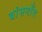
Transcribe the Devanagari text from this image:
बांसगाँव